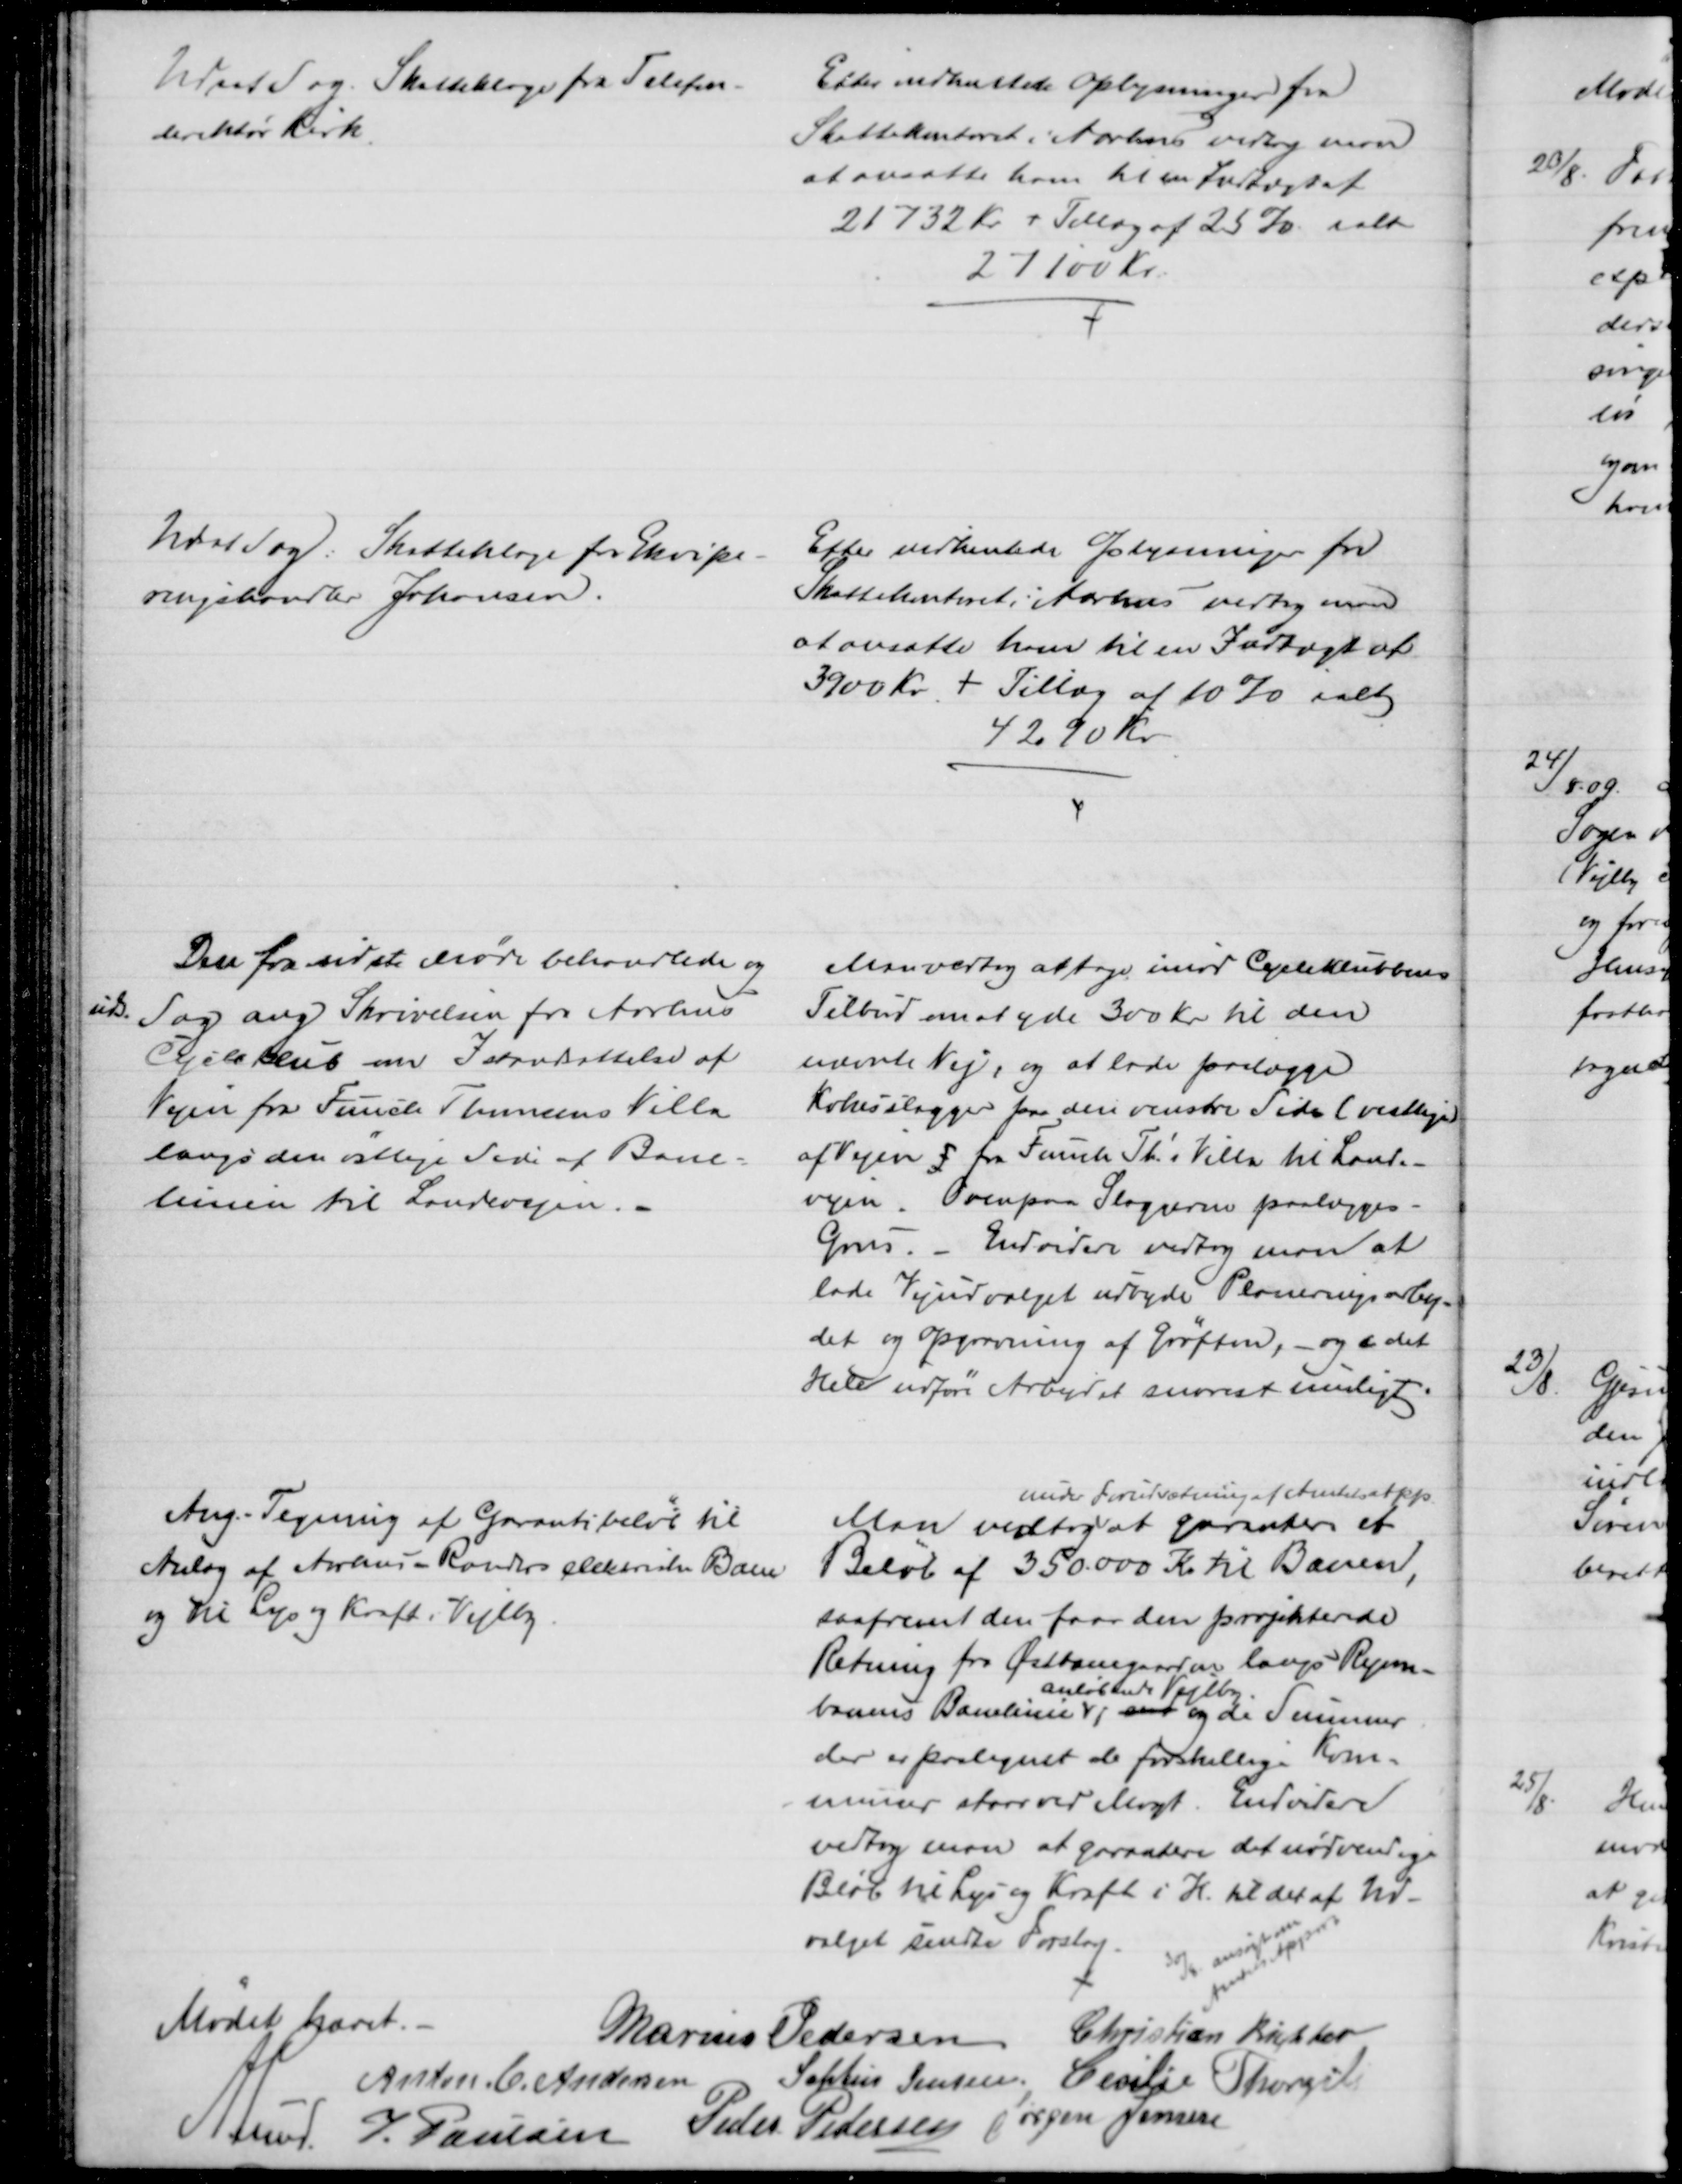
Transskription:
Udsat Sag: Skatteklage fra Telefon-
direktør Kirk.
Efter indhentede Oplysninger fra
Skattekontoret i Aarhus vedtog man
at ansætte ham til en Indtægt af
21732 Kr. + Tillæg af 25 % ialt
27100 Kr.
Udsat Sag: Skatteklage for Ekvipe-
ringshandler Johansen.
Efter indhentede Oplysninger fra
Skattekontoret i Aarhus vedtog man
at ansætte ham til en Indtægt af
3900 Kr. + Tillæg af 10% ialt
4290 Kr.
Den fra sidste Møde behandlede og
uds.
Sag ang Skrivelsen fra Aarhus
Cycleklub om Istandsættelse af
Vejen fra Funch Thomsens Villa
langs den østlige Side af Bane=
linien til Landevejen.
Man vedtog at tage imod Cycleklubbens
Tilbud om at yde 300 Kr til den
nævnte Vej, og at lade paalægge
Kokesslagger paa den venstre Side (vestlige 
af Vejen ) fra Funch Th's Villa til Lande-
vejen. Overpaa Slaggerne paalægges
Grus. - Endvidere vedtog man at
lade Vejudvalget udbyde Planeringsarbej-
det og Opgravning af Grøften, - og i det
Hele udføre Arbejdet snarest muligt.
Ang. Tegning af Garantibeløb til 
Anlæg af Aarhus - Randers Elektriske Bane
og til Lys og Kraft i Vejlby.
Man vedtog 
under Forudsætning af Amtets App
at garantere et
Beløb af 350.000 Kr. til Banen,
saafremt den faar den projekterede
Retning fra Østbanegaarden langs Ryom-
banens Banelinie 
anløbende Vejlby
, med og de Summer
der er paalignet de forskellige Kom=
muner staar ved Magt. Endvidere
vedtog man at garantere det nødvendige
Beløb til Lys og Kraft i H. til det af Ud-
valget sendte Forslag.
30/8 ansøgt om
Amtets Approb
Mødet hævet.
Marius Pedersen
Christian Richter
Anton C. Andersen
Sophus Jensen. Cecilie Thorgils
A. Lund.  J. Poulsen
Peder Pedersen Jørgen Jensen